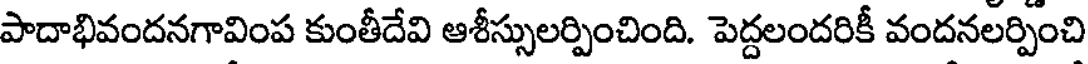
పాదాభివందనగావింప కుంతీదేవి ఆశీస్సులర్పించింది. పెద్దలందరికీ వందనలర్పించి